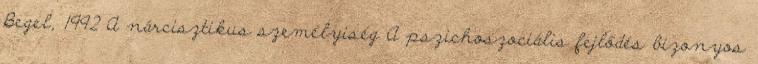
Begel, 1992 A nárcisztikus személyiség A pszichoszociális fejlődés bizonyos